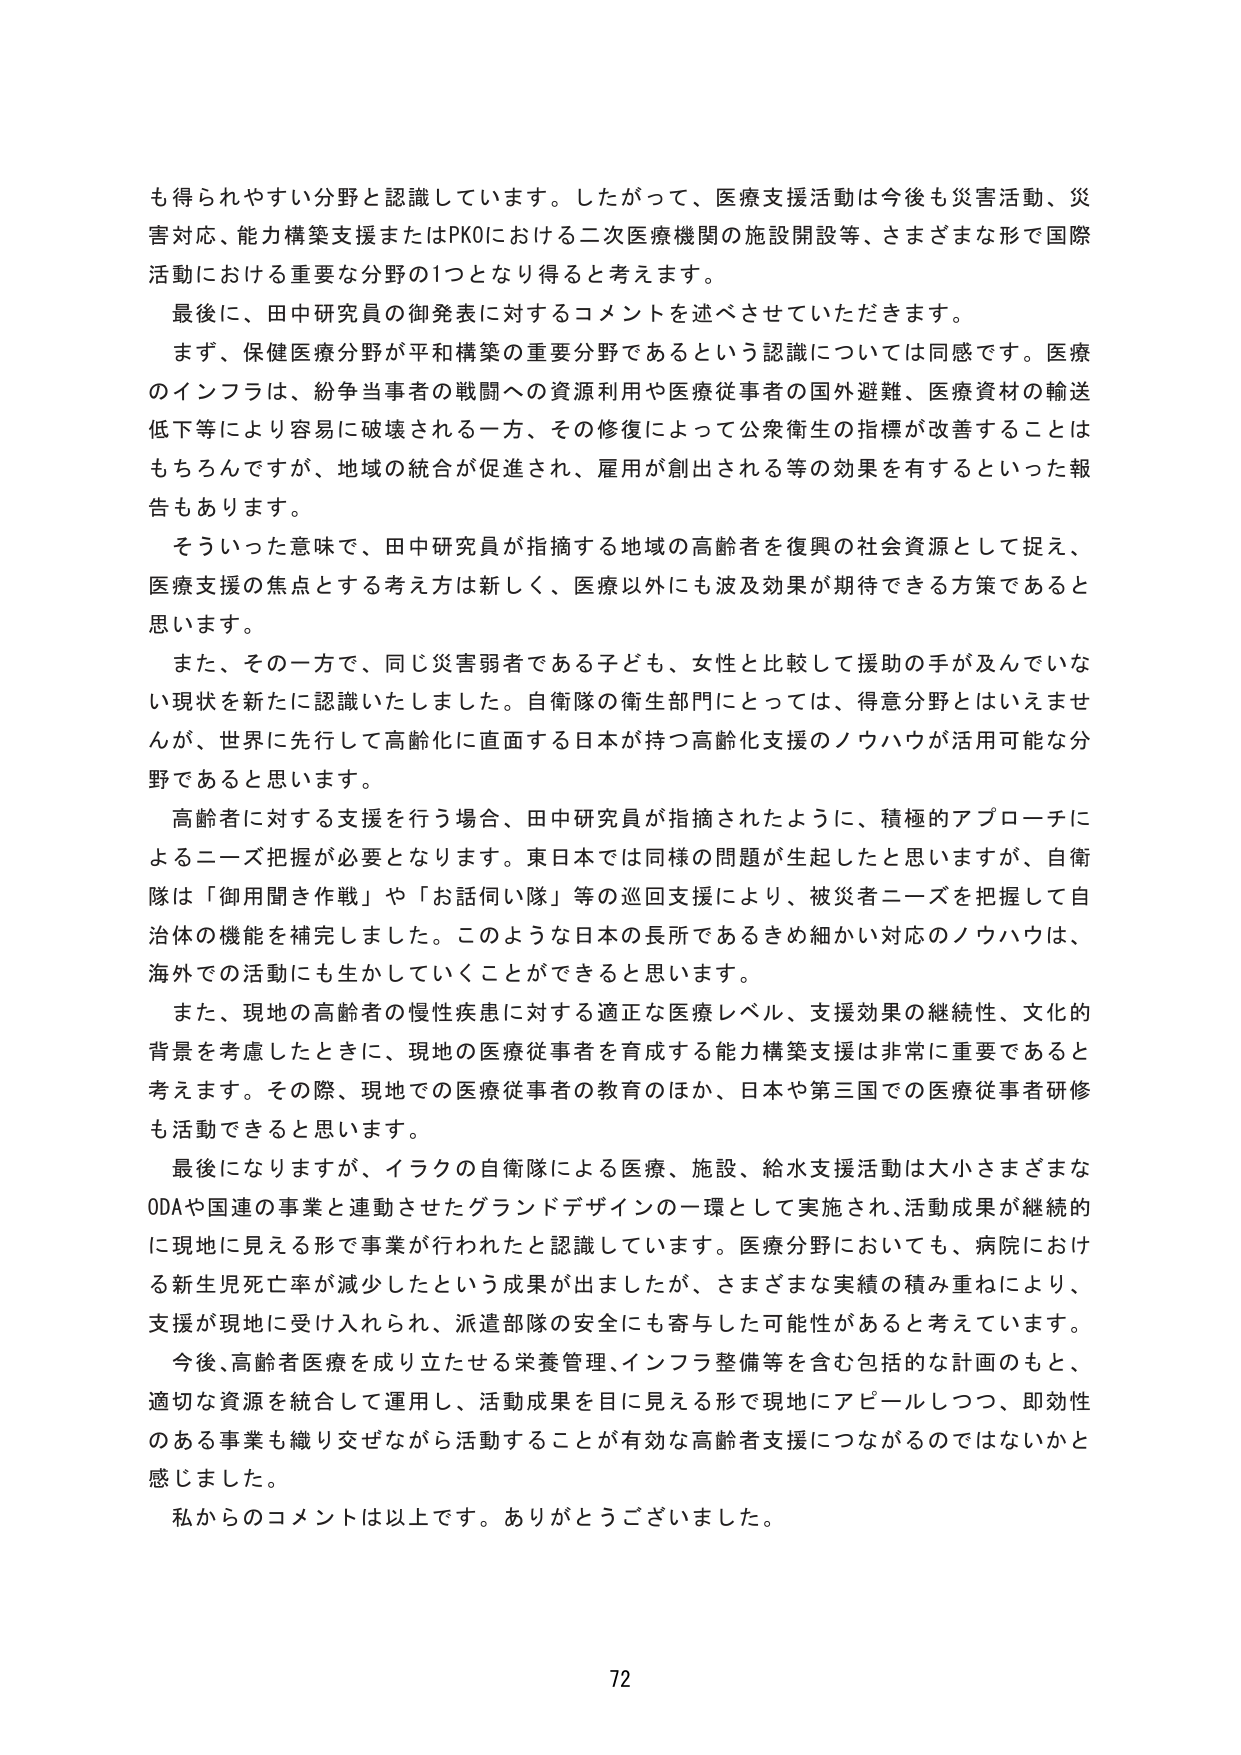
も得られやすい分野と認識しています。したがって、医療支援活動は今後も災害活動、災害対応、能力構築支援またはPKOにおける二次医療機関の施設開設等、さまざまな形で国際活動における重要な分野の1つとなり得ると考えます。

最後に、田中研究員の御発表に対するコメントを述べさせていただきます。

まず、保健医療分野が平和構築の重要分野であるという認識については同感です。医療のインフラは、紛争当事者の戦闘への資源利用や医療従事者の国外避難、医療資材の輸送低下等により容易に破壊される一方、その修復によって公衆衛生の指標が改善することはもちろんですが、地域の統合が促進され、雇用が創出される等の効果を有するといった報告もあります。

そういった意味で、田中研究員が指摘する地域の高齢者を復興の社会資源として捉え、医療支援の焦点とする考え方は新しく、医療以外にも波及効果が期待できる方策であると思います。

また、その一方で、同じ災害弱者である子ども、女性と比較して援助の手が及んでいない現状を新たに認識いたしました。自衛隊の衛生部門にとっては、得意分野とはいえませんが、世界に先行して高齢化に直面する日本が持つ高齢化支援のノウハウが活用可能な分野であると思います。

高齢者に対する支援を行う場合、田中研究員が指摘されたように、積極的アプローチによるニーズ把握が必要となります。東日本では同様の問題が生起したと思いますが、自衛隊は「御用聞き作戦」や「お話伺い隊」等の巡回支援により、被災者ニーズを把握して自治体の機能を補完しました。このような日本の長所であるきめ細かい対応のノウハウは、海外での活動にも生かしていくことができると思います。

また、現地の高齢者の慢性疾患に対する適正な医療レベル、支援効果の継続性、文化的背景を考慮したときに、現地の医療従事者を育成する能力構築支援是非常に重要であると考えます。その際、現地での医療従事者の教育のほか、日本や第三国での医療従事者研修も活動できると思います。

最後になりますが、イラクの自衛隊による医療、施設、給水支援活動は大小さまざまなODAや国連の事業と連動させたグランドデザインの一環として実施され、活動成果が継続的に現地に見える形で事業が行われたと認識しています。医療分野においても、病院における新生児死亡率が減少したという成果が出ましたが、さまざまな実績の積み重ねにより、支援が現地に受け入れられ、派遣部隊の安全にも寄与した可能性があると考えています。

今後、高齢者医療を成り立たせる栄養管理、インフラ整備等を含む包括的な計画のもと、適切な資源を統合して運用し、活動成果を目に見える形で現地にアピールしつつ、即効性のある事業も織り交ぜながら活動することが有効な高齢者支援につながるのではないかと感じました。

私からのコメントは以上です。ありがとうございました。

72